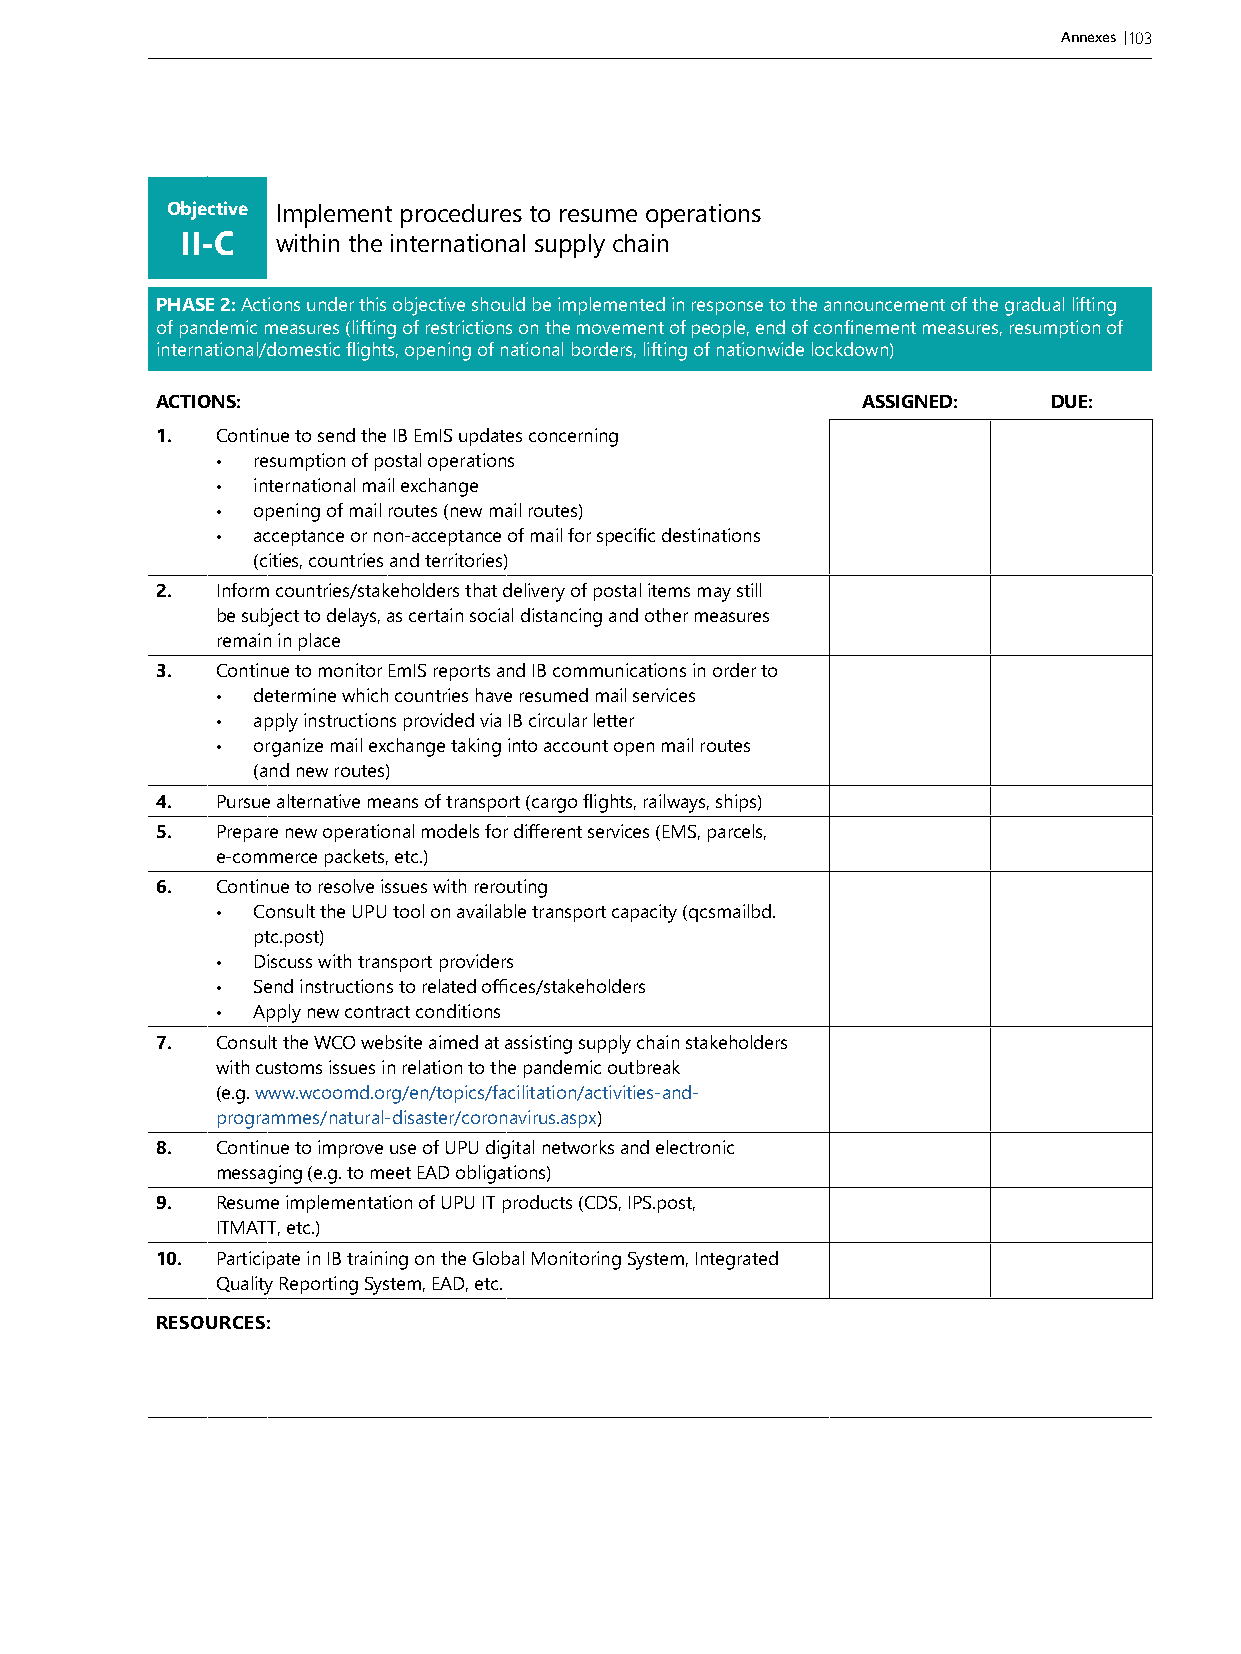
Annexes |103
 Objective Implement procedures to resume operations
 II-C  within the international supply chain
 PHASE 2: Actions under this objective should be implemented in response to the announcement of the gradual lifting
 of pandemic measures (lifting of restrictions on the movement of people, end of confinement measures, resumption of
 international/domestic flights, opening of national borders, lifting of nationwide lockdown)
 ACTIONS:                                       ASSIGNED:    DUE:
 1.  Continue to send the IB EmIS updates concerning
 •  resumption of postal operations
 •  international mail exchange
 •  opening of mail routes (new mail routes)
 •  acceptance or non-acceptance of mail for specific destinations
 (cities, countries and territories)
 2.  Inform countries/stakeholders that delivery of postal items may still
 be subject to delays, as certain social distancing and other measures
 remain in place
 3.  Continue to monitor EmIS reports and IB communications in order to
 •  determine which countries have resumed mail services
 •  apply instructions provided via IB circular letter
 •  organize mail exchange taking into account open mail routes
 (and new routes)
 4.  Pursue alternative means of transport (cargo flights, railways, ships)
 5.  Prepare new operational models for different services (EMS, parcels,
 e-commerce packets, etc.)
 6.  Continue to resolve issues with rerouting
 •  Consult the UPU tool on available transport capacity (qcsmailbd.
 ptc.post)
 •  Discuss with transport providers
 •  Send instructions to related offices/stakeholders
 •  Apply new contract conditions
 7.  Consult the WCO website aimed at assisting supply chain stakeholders
 with customs issues in relation to the pandemic outbreak
 (e.g. www.wcoomd.org/en/topics/facilitation/activities-and-
 programmes/natural-disaster/coronavirus.aspx)
 8.  Continue to improve use of UPU digital networks and electronic
 messaging (e.g. to meet EAD obligations)
 9.  Resume implementation of UPU IT products (CDS, IPS.post,
 ITMATT, etc.)
 10. Participate in IB training on the Global Monitoring System, Integrated
 Quality Reporting System, EAD, etc.
 RESOURCES: